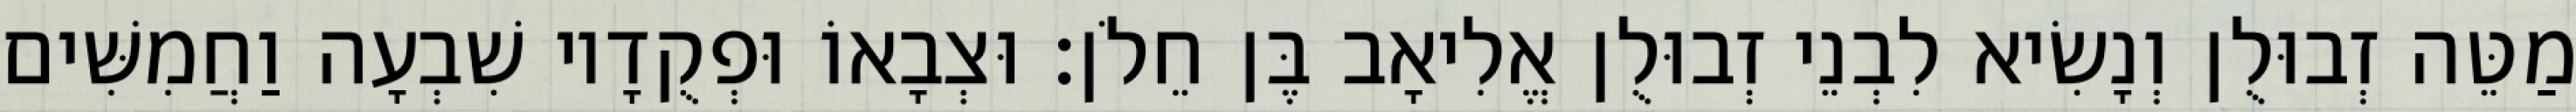
מַטֵּה זְבוּלֻן וְנָשִׂיא לִבְנֵי זְבוּלֻן אֱלִיאָב בֶּן חֵלֹן׃ וּצְבָאוֹ וּפְקֻדָיו שִׁבְעָה וַחֲמִשִּׁים